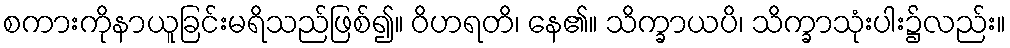
စကားကိုနာယူခြင်းမရိသည်ဖြစ်၍။ ဝိဟရတိ၊ နေ၏။ သိက္ခာယပိ၊ သိက္ခာသုံးပါး၌လည်း။